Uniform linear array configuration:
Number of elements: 4
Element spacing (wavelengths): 0.5
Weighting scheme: cosine
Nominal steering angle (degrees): -45
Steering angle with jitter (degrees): -43.597
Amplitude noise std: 0.05
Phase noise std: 0.05

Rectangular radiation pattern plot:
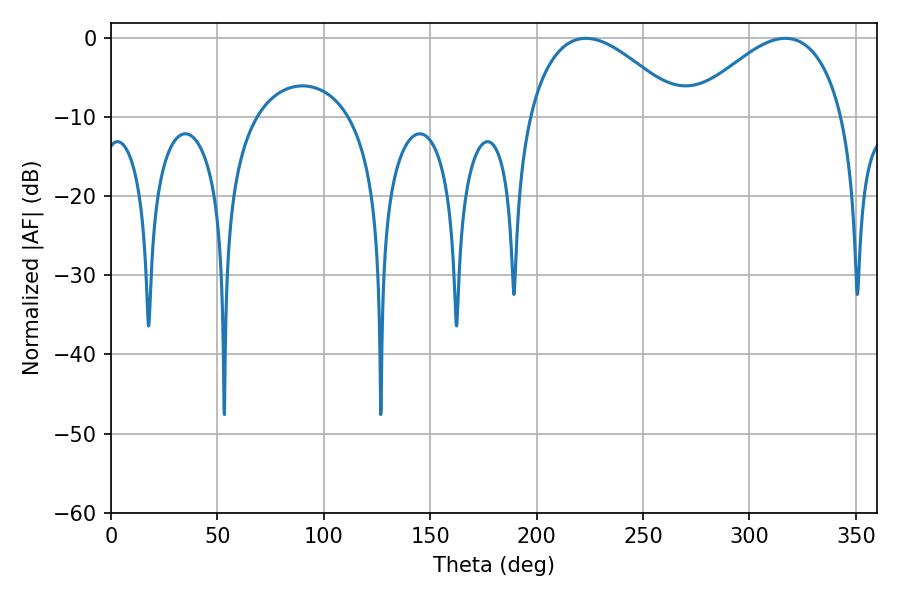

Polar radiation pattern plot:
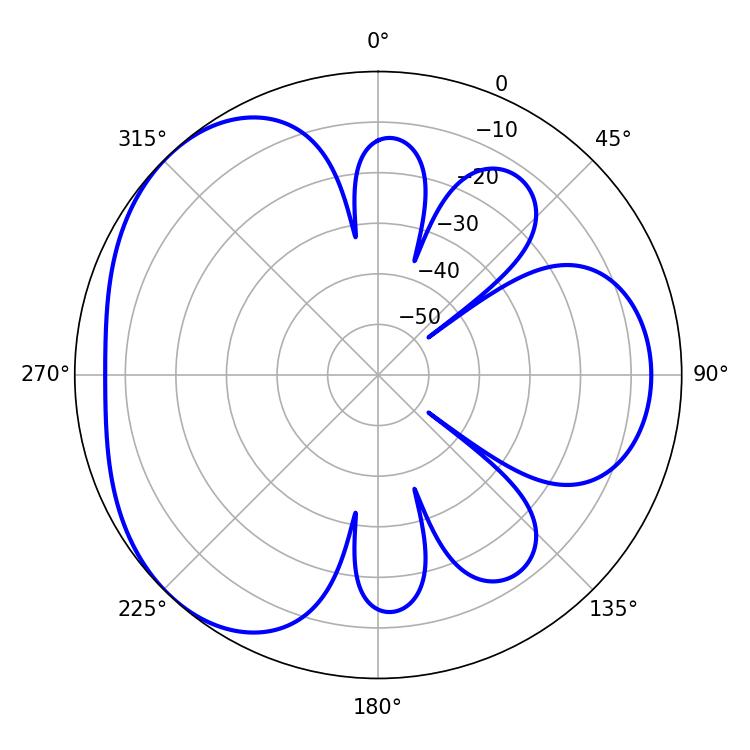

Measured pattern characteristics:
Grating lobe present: FALSE
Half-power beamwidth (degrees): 39.6
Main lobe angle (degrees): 223.2